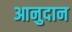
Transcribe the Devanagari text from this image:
आनुदान